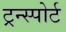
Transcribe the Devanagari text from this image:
ट्रन्स्पोर्ट